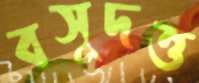
বসুদত্ত